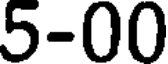
5-00